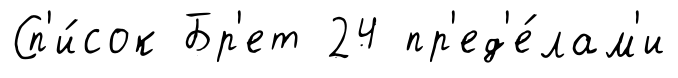
Сп'и́сок Бр'ет 24 пр'ед'е́лам'и